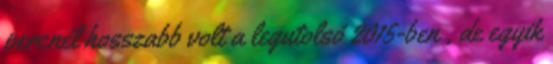
percnél hosszabb volt a legutolsó 2015-ben , de egyik